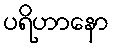
ပရိဟာနော